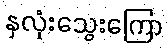
နှလုံးသွေးကြော